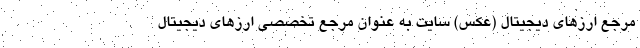
مرجع ارزهای دیجیتال (عکس) سایت به عنوان مرجع تخصصی ارزهای دیجیتال